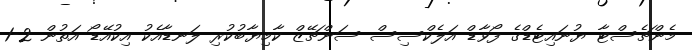
މެންޗެސްޓާ ޔުނައިޓެޑްގެ ފޯވާޑް އަލެކްސިސް ސަންޗޭޒް ކާމިޔާބުކުރި ލަނޑާއެކު އިކުއޭޑޯ އަތުން 2-1